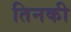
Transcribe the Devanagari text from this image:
तिनकी